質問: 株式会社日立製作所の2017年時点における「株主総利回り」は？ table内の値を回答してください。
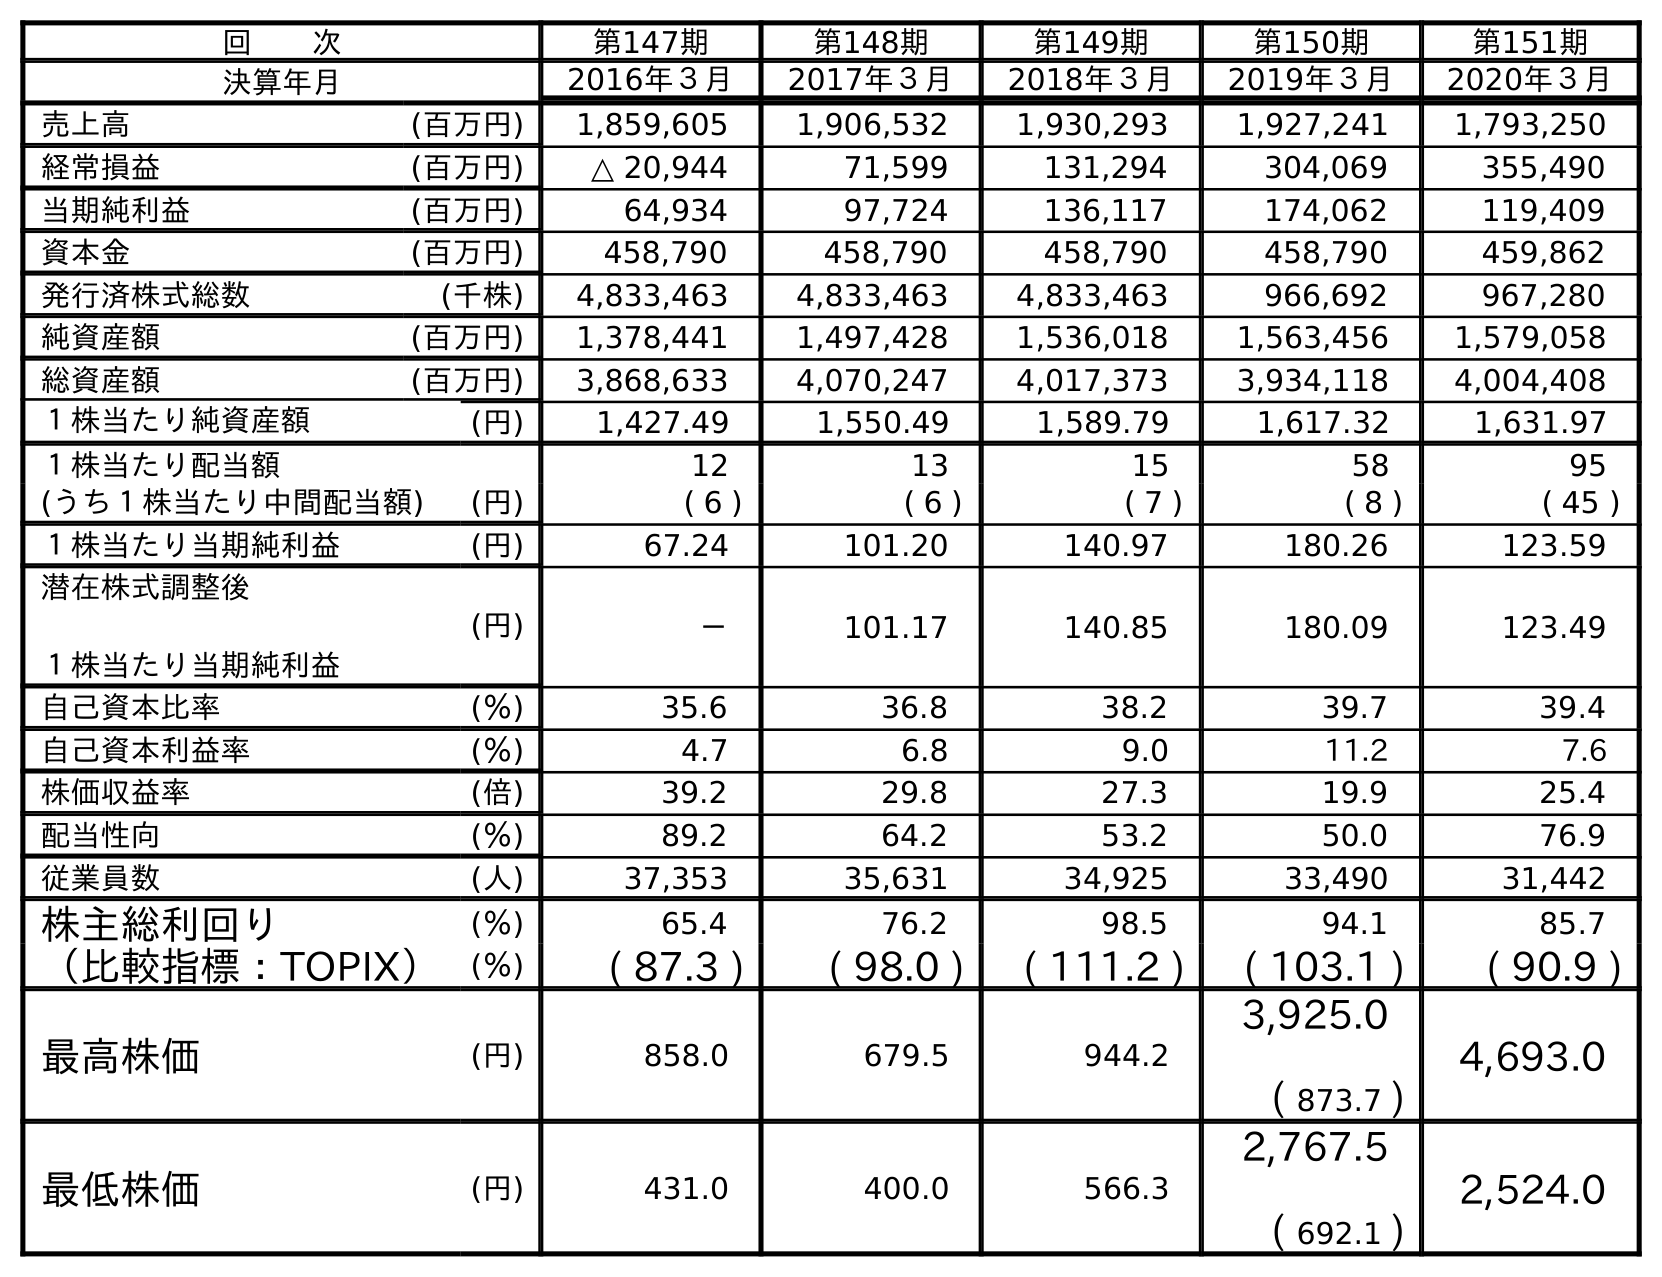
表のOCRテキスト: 回  次 第147期 第148期 第149期 第150期 第151期 決算年月 2016年３月 2017年３月 2018年３月 2019年３月 2020年３月 売上高 (百万円) 1,859,605 1,906,532 1,930,293 1,927,241 1,793,250 経常損益 (百万円) △ 20,944 71,599 131,294 304,069 355,490 当期純利益 (百万円) 64,934 97,724 136,117 174,062 119,409 資本金 (百万円) 458,790 458,790 458,790 458,790 459,862 発行済株式総数 (千株) 4,833,463 4,833,463 4,833,463 966,692 967,280 純資産額 (百万円) 1,378,441 1,497,428 1,536,018 1,563,456 1,579,058 総資産額 (百万円) 3,868,633 4,070,247 4,017,373 3,934,118 4,004,408 １株当たり純資産額 (円) 1,427.49 1,550.49 1,589.79 1,617.32 1,631.97 １株当たり配当額 12 13 15 58 95 (うち１株当たり中間配当額) (円) ( 6 ) ( 6 ) ( 7 ) ( 8 ) ( 45 ) １株当たり当期純利益 (円) 67.24 101.20 140.97 180.26 123.59 潜在株式調整後 １株当たり当期純利益 (円) － 101.17 140.85 180.09 123.49 自己資本比率 (％) 35.6 36.8 38.2 39.7 39.4 自己資本利益率 (％) 4.7 6.8 9.0 11.2 7.6 株価収益率 (倍) 39.2 29.8 27.3 19.9 25.4 配当性向 (％) 89.2 64.2 53.2 50.0 76.9 従業員数 (人) 37,353 35,631 34,925 33,490 31,442 株主総利回り (％) 65.4 76.2 98.5 94.1 85.7 （比較指標：TOPIX） (％) ( 87.3 ) ( 98.0 ) ( 111.2 ) ( 103.1 ) ( 90.9 ) 最高株価 (円) 858.0 679.5 944.2 3,925.0 ( 873.7 ) 4,693.0 最低株価 (円) 431.0 400.0 566.3 2,767.5 ( 692.1 ) 2,524.0
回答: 76.2